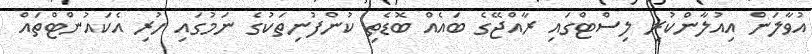
އުވާލަން އިއުލާންކުރި ލިސްޓްގައި ރާއްޖޭގެ ބައެއް ބޮޑެތި ކުންފުނިތަކުގެ ނަމުގައި ހުރި އެކައުންޓްތައް